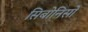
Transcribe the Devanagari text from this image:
सिबोनिसो